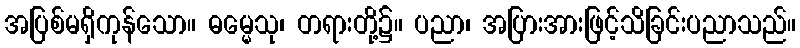
အပြစ်မရှိကုန်သော။ ဓမ္မေသု၊ တရားတို့၌။ ပညာ၊ အပြားအားဖြင့်သိခြင်းပညာသည်။